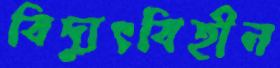
বিদ্যুৎবিহীন